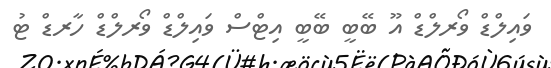
ވައިލްޑް ވޯރލްޑް އޫ ބޭބީ ބޭބީ އިޓްސް ވައިލްޑް ވޯރލްޑް ހާރޑް ޓު